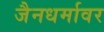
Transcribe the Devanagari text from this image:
जैनधर्मावर